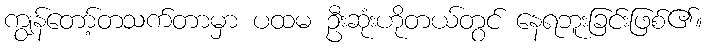
ကျွန်တော့်တသက်တာမှာ ပထမ ဦးဆုံးဟိုတယ်တွင် နေရဘူးခြင်းဖြစ်၏။